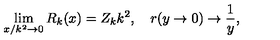
\lim _ { x / k ^ { 2 } \to 0 } R _ { k } ( x ) = Z _ { k } k ^ { 2 } , \quad r ( y \to 0 ) \to \frac { 1 } { y } ,